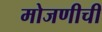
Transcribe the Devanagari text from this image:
मोजणीची